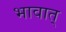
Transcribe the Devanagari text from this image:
भावात्